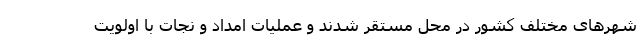
شهرهای مختلف کشور در محل مستقر شدند و عملیات امداد و نجات با اولویت